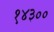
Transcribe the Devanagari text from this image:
१४३००